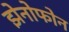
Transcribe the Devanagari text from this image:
झेनोफोन